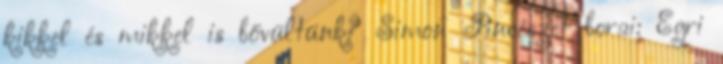
kikkel és mikkel is bővültünk? Simon Pincészet borai: Egri